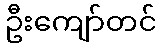
ဦးကျော်တင်